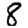
Digit: 8